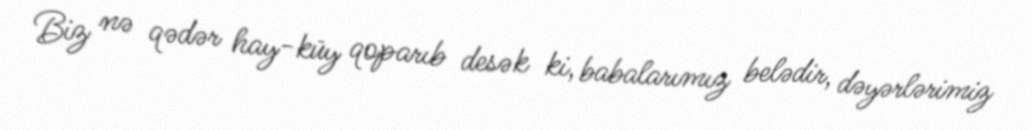
Biz nə qədər hay-küy qoparıb desək ki, babalarımız belədir, dəyərlərimiz